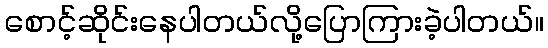
စောင့်ဆိုင်းနေပါတယ်လို့ပြောကြားခဲ့ပါတယ်။